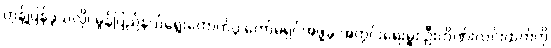
တုန့်ပြန်ခဲ့သလို၊ မွန်ပြည်နယ်ရွေးကောက်ပွဲ ကော်မရှင်အဖွဲ့ခွဲ အတွင်းရေးမှူး ဦးဟိဏ်းလင်းထက်ကို